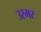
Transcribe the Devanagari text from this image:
उरमर